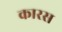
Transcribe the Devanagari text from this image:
कारस